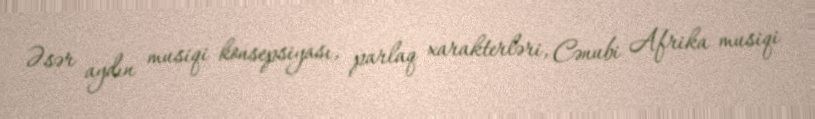
Əsər aydın musiqi konsepsiyası, parlaq xarakterləri, Cənubi Afrika musiqi